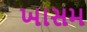
ખાસમ